Note on the mental hospitals in Burma - 1925-1940
Year: 1925
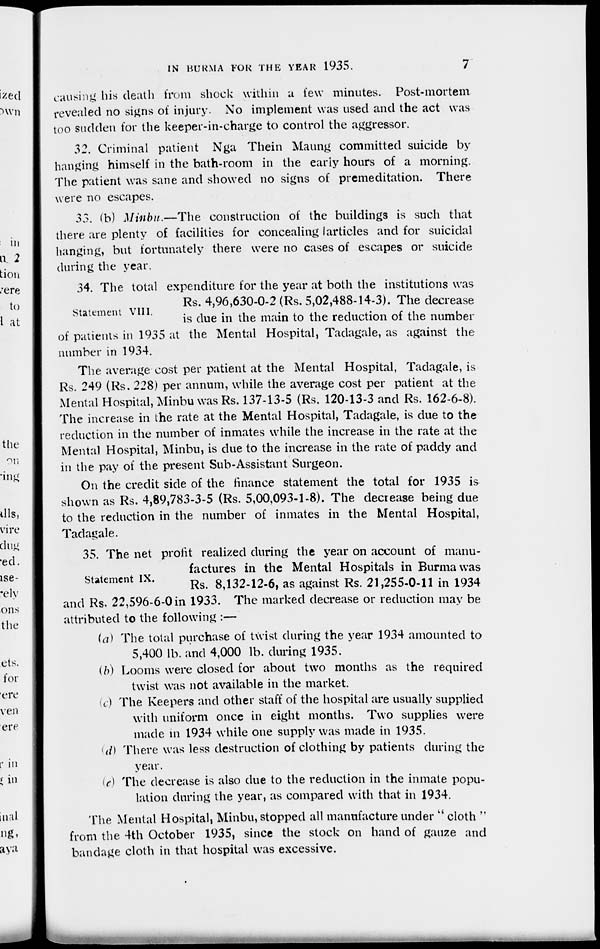
IN BURMA FOR THE YEAR 1935.
7
causing his death from shock within a few minutes. Post-mortem
revealed no signs of injury. No implement was used and the act was
too sudden for the keeper-in-charge to control the aggressor.
32. Criminal patient Nga Thein Maung committed suicide by
hanging himself in the bath-room in the early hours of a morning.
The patient was sane and showed no signs of premeditation. There
were no escapes.
33. (b) Minbu.—The construction of the buildings is such that
there are plenty of facilities for concealing articles and for suicidal
hanging, but fortunately there were no cases of escapes or suicide
during the year.
Statement VIII.
34. The total expenditure for the year at both the institutions was
Rs. 4,96,630-0-2 (Rs. 5,02,488-14-3). The decrease
is due in the main to the reduction of the number
of patients in 1935 at the Mental Hospital, Tadagale, as against the
number in 1934.
The average cost per patient at the Mental Hospital, Tadagale, is
Rs. 249 (Rs. 228) per annum, while the average cost per patient at the
Mental Hospital, Minbu was Rs. 137-13-5 (Rs. 120-13-3 and Rs. 162-6-8).
The increase in the rate at the Mental Hospital, Tadagale, is due to the
reduction in the number of inmates while the increase in the rate at the
Mental Hospital, Minbu, is due to the increase in the rate of paddy and
in the pay of the present Sub-Assistant Surgeon.
On the credit side of the finance statement the total for 1935 is
shown as Rs. 4,89,783-3-5 (Rs. 5,00,093-1-8). The decrease being due
to the reduction in the number of inmates in the Mental Hospital,
Tadagale.
Statement IX.
35. The net profit realized during the year on account of manu-
factures in the Mental Hospitals in Burma was
Rs. 8,132-12-6, as against Rs. 21,255-0-11 in 1934
and Rs. 22,596-6-0 in 1933. The marked decrease or reduction may be
attributed to the following :—
(a) The total purchase of twist during the year 1934 amounted to
5,400 lb. and 4,000 lb. during 1935.
(b) Looms were closed for about two months as the required
twist was not available in the market.
(c) The Keepers and other staff of the hospital are usually supplied
with uniform once in eight months. Two supplies were
made in 1934 while one supply was made in 1935.
(d) There was less destruction of clothing by patients during the
year.
(e) The decrease is also due to the reduction in the inmate popu-
lation during the year, as compared with that in 1934.
The Mental Hospital, Minbu, stopped all manufacture under '' cloth "
from the 4th October 1935, since the stock on hand of gauze and
bandage cloth in that hospital was excessive.